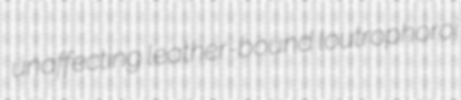
unaffecting leather-bound loutrophoroi